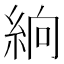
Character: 𥿧